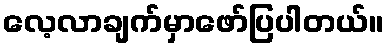
လေ့လာချက်မှာဖော်ပြပါတယ်။